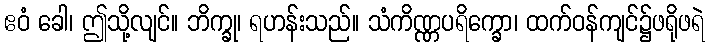
ဧဝံ ခေါ၊ ဤသို့လျင်။ ဘိက္ခု၊ ရဟန်းသည်။ သံကိဏ္ဏပရိက္ခော၊ ထက်ဝန်ကျင်၌ဖရိုဖရဲ